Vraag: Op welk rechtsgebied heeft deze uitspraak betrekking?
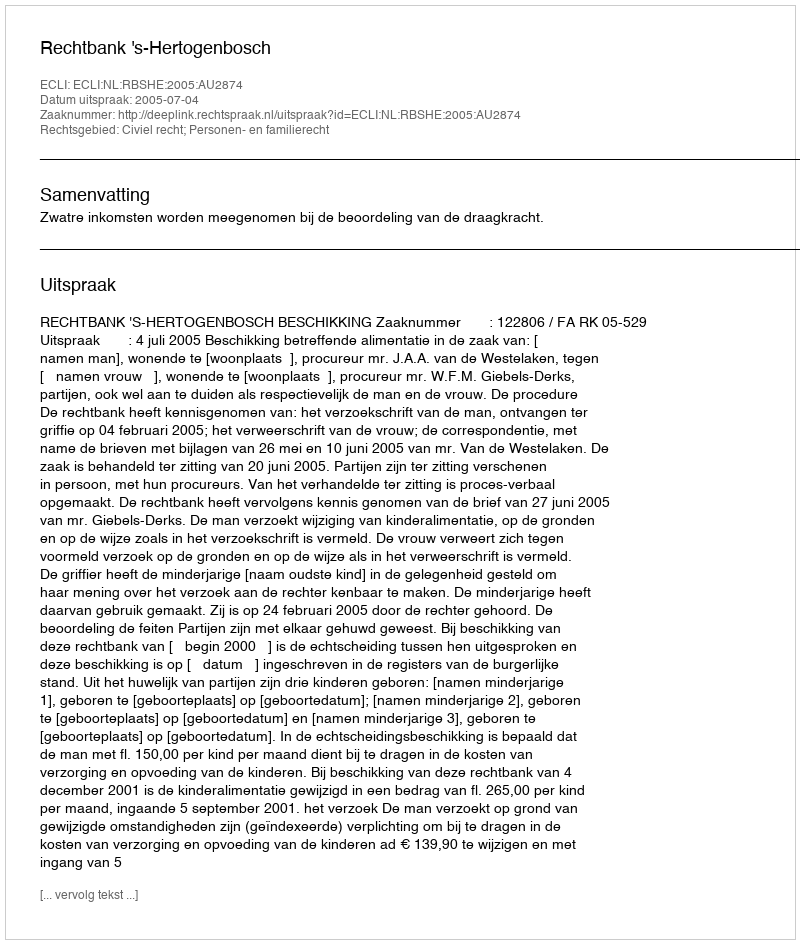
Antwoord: Civiel recht; Personen- en familierecht